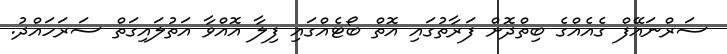
ސަރްނައޭފް ގެއެއްގެ ބިތްދޮށް ފަރާތުގައި އޮތް ބޯޓެއްގައި ފިލާ އޮއްވާ އަތުލައިގަތް ސަރަހައްދު.